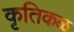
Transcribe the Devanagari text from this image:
कृतिकळ